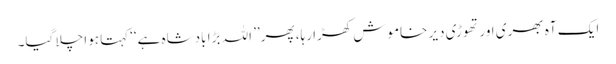
ایک آہ بھری اور تھوڑی دیر خاموش کھڑا رہا، پھر’’ اللہ بڑا بادشاہ ہے‘‘کہتا ہوا چلا گیا۔